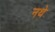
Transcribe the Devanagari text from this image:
नथे